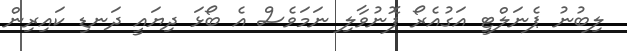
ލިބުނު ޕެނަލްޓީ އަގުއެރޯ ފޮނުވާލި ނަމަވެސް އެ ބޯޅަ ދިޔައީ ދަނޑި ކައިރިން